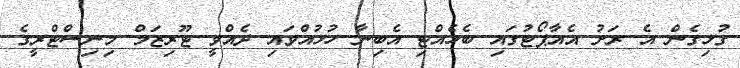
ގުޅިގެން އެ ރަށު އެއާޕޯޓުގައި ބެހެއްޓި އެބިނާ ހުޅުއްވައި ދެއްވީ ޓޫރިޒަމް މިނިސްޓްރީގެ